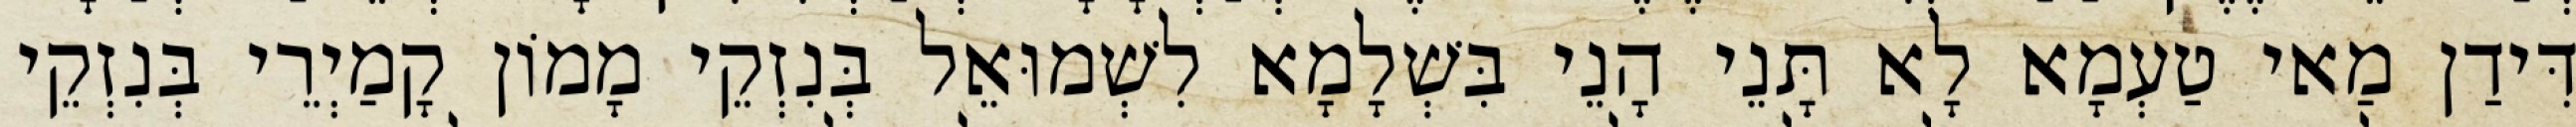
דִּידַן מַאי טַעְמָא לָא תָּנֵי הָנֵי בִּשְׁלָמָא לִשְׁמוּאֵל בְּנִזְקֵי מָמוֹן קָמַיְרֵי בְּנִזְקֵי